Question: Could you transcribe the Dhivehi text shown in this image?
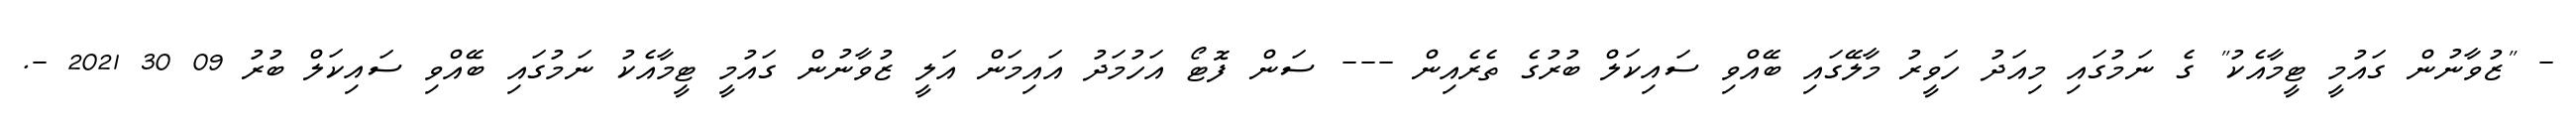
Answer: - "ޒުވާނުން ގައުމީ ޓީމާއެކު" ގެ ނަމުގައި މިއަދު ހަވީރު މާލޭގައި ބޭއްވި ސައިކަލް ބުރުގެ ތެރެއިން --- ސަން ފޮޓޯ އަހުމަދު އައިމަން އަލީ ޒުވާނުން ގައުމީ ޓީމާއެކު ނަމުގައި ބޭއްވި ސައިކަލް ބުރު 09 30 2021 -.